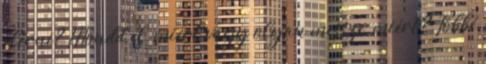
elérni? Mondd el, miért vagy olyan messze, miért? Többé